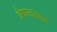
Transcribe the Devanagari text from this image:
वैष्णवाचार